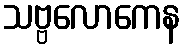
သဗ္ဗလောကေန